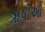
ૠષીઓ